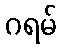
ဂရမ်